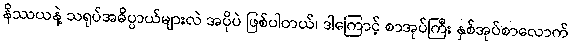
နိဿယနဲ့ သရုပ်အဓိပ္ပာယ်များလဲ အပိုပဲ ဖြစ်ပါတယ်၊ ဒါကြောင့် စာအုပ်ကြီး နှစ်အုပ်စာလောက်